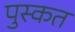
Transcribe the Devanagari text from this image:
पुस्कत